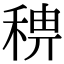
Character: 𥟗